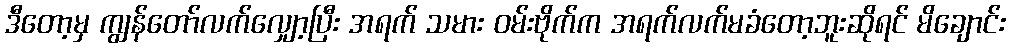
ဒီတော့မှ ကျွန်တော်လက်လျှော့ပြီး အရက် သမား ဝမ်းဗိုက်က အရက်လက်မခံတော့ဘူးဆိုရင် မိချောင်း